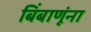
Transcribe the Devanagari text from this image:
बिंबाणूंना